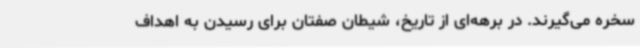
سخره می‌گیرند. در برهه‌ای از تاریخ، شیطان صفتان برای رسیدن به اهداف